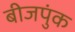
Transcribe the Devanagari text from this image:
बीजपुंक